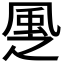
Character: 𩖳